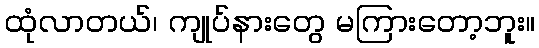
ထုံလာတယ်၊ ကျုပ်နားတွေ မကြားတော့ဘူး။